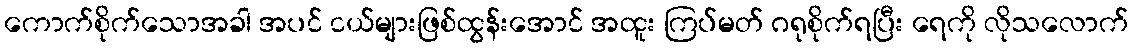
ကောက်စိုက်သောအခါ အပင် ငယ်များဖြစ်ထွန်းအောင် အထူး ကြပ်မတ် ဂရုစိုက်ရပြီး ရေကို လိုသလောက်